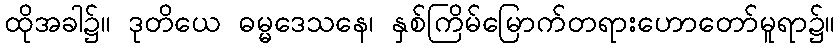
ထိုအခါ၌။ ဒုတိယေ ဓမ္မဒေသနေ၊ နှစ်ကြိမ်မြောက်တရားဟောတော်မူရာ၌။